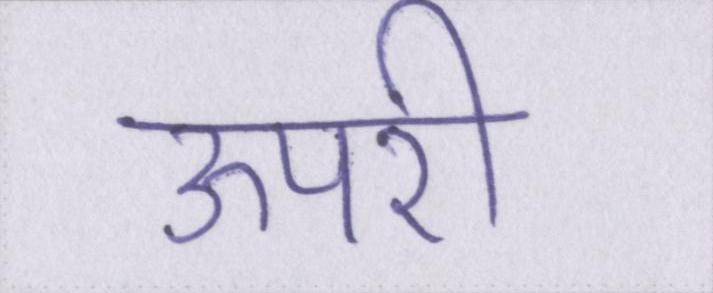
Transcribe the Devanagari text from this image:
ऊपरी